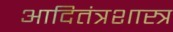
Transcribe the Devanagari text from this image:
आदितंत्रशास्त्र